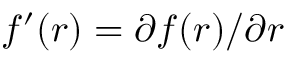
f ^ { \prime } ( r ) = \partial f ( r ) / \partial r